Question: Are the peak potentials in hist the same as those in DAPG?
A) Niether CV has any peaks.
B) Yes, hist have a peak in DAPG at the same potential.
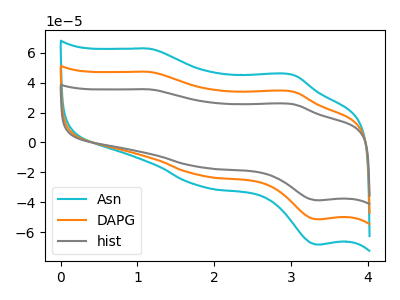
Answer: <think>The cyan curve "Asn" has anodic peaks at (1.15V, 94.40uA) (3.00V, 68.10uA) and cathodic peaks at (1.85V, -44.40uA) (3.35V, -102.80uA). The orange curve "DAPG" has anodic peaks at (1.15V, 47.20uA) (3.00V, 34.05uA) and cathodic peaks at (1.85V, -22.20uA) (3.35V, -51.40uA). The gray curve "hist" has anodic peaks at (1.15V, 35.50uA) (3.00V, 25.60uA) and cathodic peaks at (1.85V, -16.70uA) (3.35V, -38.65uA).</think>
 <answer>B) Yes, "hist" have a peak in "DAPG" at the same potential.</answer>
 <eval>B</eval>